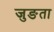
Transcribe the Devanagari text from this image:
जुङता